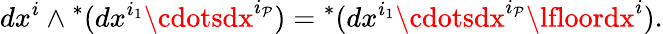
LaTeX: dx^{i}\wedge{}^{*}(dx^{i_{1}}\cdotsdx^{i_{\mathcal{P}}})={}^{*}(dx^{i_{1}}\cdotsdx^{i_{\mathcal{P}}}\lfloordx^{i}).